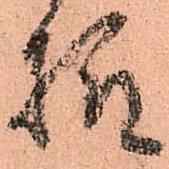
様